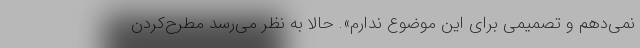
نمی‌‌دهم و تصمیمی برای این موضوع ندارم». حالا به نظر می‌رسد مطرح‌کردن